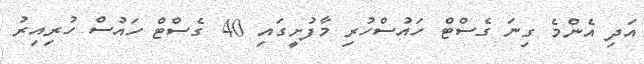
އަދި އެންމެ ގިނަ ގެސްޓް ހައުސްހުރި މާފުށީގައި 40 ގެސްޓް ހައުސް ހުރިއިރު